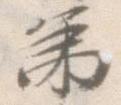
第